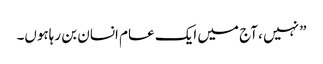
” نہیں ، آج میں ایک عام انسان بن رہاہوں۔